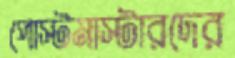
পোস্টমাস্টারদের